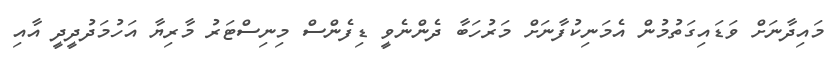
މައިދާނަށް ވަޑައިގަތުމުން އެމަނިކުފާނަށް މަރުހަބާ ދެންނެވީ ޑިފެންސް މިނިސްޓަރު މާރިޔާ އަހުމަދުދީދީ އާއި